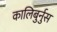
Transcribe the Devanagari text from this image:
कालिबुर्नुस